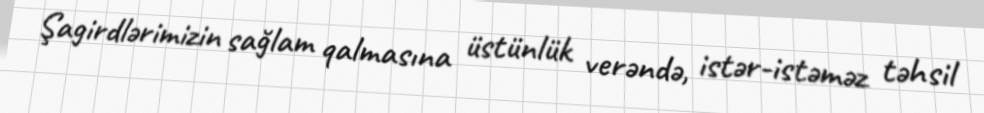
Şagirdlərimizin sağlam qalmasına üstünlük verəndə, istər-istəməz təhsil